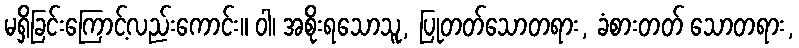
မရှိခြင်းကြောင့်လည်းကောင်း။ ဝါ၊ အစိုးရသောသူ, ပြုတတ်သောတရား, ခံစားတတ် သောတရား,